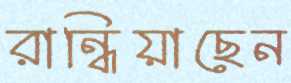
রান্ধিয়াছেন